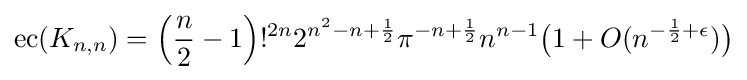
\operatorname {ec} (K_{n,n})=\left({\frac {n}{2}}-1\right)!^{2n}2^{n^{2}-n+{\frac {1}{2}}}\pi ^{-n+{\frac {1}{2}}}n^{n-1}{\bigl (}1+O(n^{-{\frac {1}{2}}+\epsilon }){\bigr )}